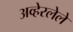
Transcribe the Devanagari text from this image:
अव्हेरलेले